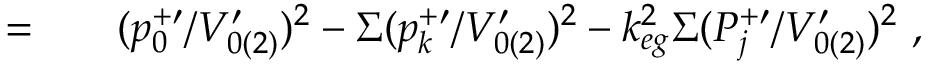
\begin{array} { r l r } { = } & { { } } & { ( p _ { 0 } ^ { + \prime } / V _ { 0 ( 2 ) } ^ { \prime } ) ^ { 2 } - \Sigma ( p _ { k } ^ { + \prime } / V _ { 0 ( 2 ) } ^ { \prime } ) ^ { 2 } - k _ { e g } ^ { 2 } \Sigma ( P _ { j } ^ { + \prime } / V _ { 0 ( 2 ) } ^ { \prime } ) ^ { 2 } ~ , } \end{array}